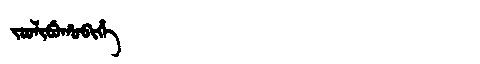
Manchu: ᠵᠣᠣᠯᡳᠪᡠᡥᠣᠪᡳᡥᡝ
Romanization: JOOLIBUHOBIHE